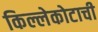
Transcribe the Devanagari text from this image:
किल्लेकोटाची